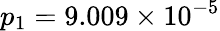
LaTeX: p_{1}=9.009\times 10^{-5}